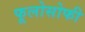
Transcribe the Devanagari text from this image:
फूलोसोफी